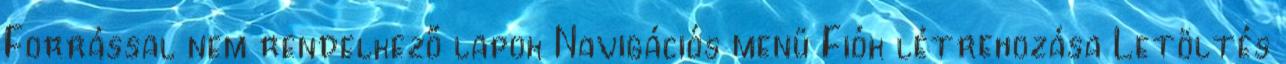
Forrással nem rendelkező lapok Navigációs menü Fiók létrehozása Letöltés